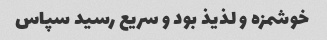
خوشمزه و لذیذ بود و سریع رسید سپاس